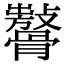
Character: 𩪨